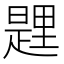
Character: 𨤱